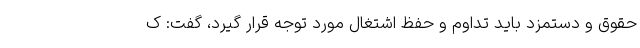
حقوق و دستمزد باید تداوم و حفظ اشتغال مورد توجه قرار گیرد، گفت: ک